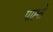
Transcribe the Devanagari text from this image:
पाह्ते